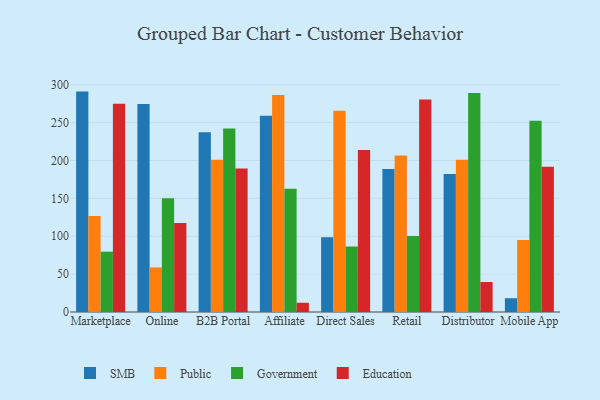
{"axis": {"x": "Channel", "y": "Waste Production (Tons)"}, "legend": ["Education", "Government", "Public", "SMB"], "data": [{"x": "Marketplace", "y": 290.9, "type": "SMB"}, {"x": "Marketplace", "y": 126.6, "type": "Public"}, {"x": "Marketplace", "y": 79.6, "type": "Government"}, {"x": "Marketplace", "y": 275.0, "type": "Education"}, {"x": "Online", "y": 274.4, "type": "SMB"}, {"x": "Online", "y": 58.8, "type": "Public"}, {"x": "Online", "y": 150.3, "type": "Government"}, {"x": "Online", "y": 117.4, "type": "Education"}, {"x": "B2B Portal", "y": 237.4, "type": "SMB"}, {"x": "B2B Portal", "y": 201.1, "type": "Public"}, {"x": "B2B Portal", "y": 242.2, "type": "Government"}, {"x": "B2B Portal", "y": 189.4, "type": "Education"}, {"x": "Affiliate", "y": 259.1, "type": "SMB"}, {"x": "Affiliate", "y": 286.5, "type": "Public"}, {"x": "Affiliate", "y": 162.8, "type": "Government"}, {"x": "Affiliate", "y": 12.2, "type": "Education"}, {"x": "Direct Sales", "y": 98.5, "type": "SMB"}, {"x": "Direct Sales", "y": 265.6, "type": "Public"}, {"x": "Direct Sales", "y": 86.5, "type": "Government"}, {"x": "Direct Sales", "y": 213.8, "type": "Education"}, {"x": "Retail", "y": 188.9, "type": "SMB"}, {"x": "Retail", "y": 206.6, "type": "Public"}, {"x": "Retail", "y": 100.2, "type": "Government"}, {"x": "Retail", "y": 280.5, "type": "Education"}, {"x": "Distributor", "y": 182.0, "type": "SMB"}, {"x": "Distributor", "y": 201.1, "type": "Public"}, {"x": "Distributor", "y": 289.1, "type": "Government"}, {"x": "Distributor", "y": 39.6, "type": "Education"}, {"x": "Mobile App", "y": 18.2, "type": "SMB"}, {"x": "Mobile App", "y": 95.0, "type": "Public"}, {"x": "Mobile App", "y": 252.4, "type": "Government"}, {"x": "Mobile App", "y": 191.7, "type": "Education"}]}